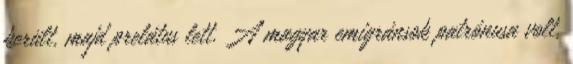
került, majd prelátus lett. A magyar emigránsok patrónusa volt,